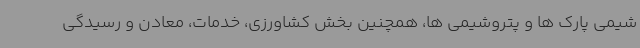
شیمی پارک ها و پتروشیمی ها، همچنین بخش کشاورزی، خدمات، معادن و رسیدگی